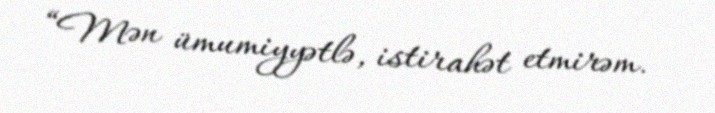
“Mən ümumiyyətlə, istirahət etmirəm.